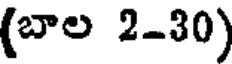
(బాల 2-30)